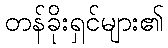
တန်ခိုးရှင်များ၏